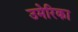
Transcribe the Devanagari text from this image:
उमेरिका